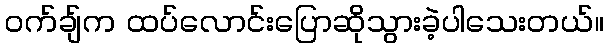
ဝက်ချ်က ထပ်လောင်းပြောဆိုသွားခဲ့ပါသေးတယ်။